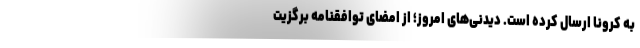
به کرونا ارسال کرده است. دیدنی‌های امروز؛ از امضای توافقنامه برگزیت